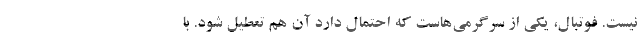
نیست. فوتبال، یکی از سرگرمی‌هاست که احتمال دارد آن هم تعطیل شود. با